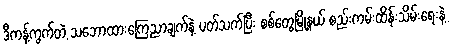
ဒီကန့်ကွက်တဲ့ သဘောထားကြေညာချက်နဲ့ ပတ်သက်ပြီး စစ်တွေမြို့နယ် စည်းကမ်းထိန်းသိမ်းရေးနဲ့